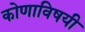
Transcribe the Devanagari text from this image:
कोणाविषयी